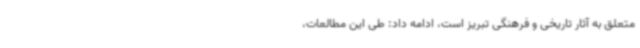
متعلق به آثار تاریخی و فرهنگی تبریز است، ادامه داد: طی این مطالعات،